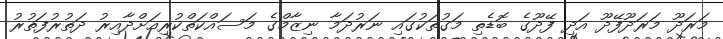
މަރަދޫ މަރަދޫފޭދޫ އަދި ފޭދޫގެ ބޮޑެތި މަގުތަކުގައި ނަރުދަމާ ނިޒާމްގެ މަސައްކަތްކުރިއަށްދާއިރު ދަތުރުފަތުރު